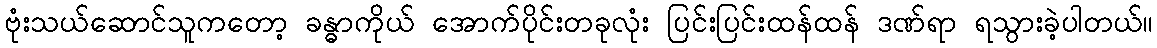
ဗုံးသယ်ဆောင်သူကတော့ ခန္ဓာကိုယ် အောက်ပိုင်းတခုလုံး ပြင်းပြင်းထန်ထန် ဒဏ်ရာ ရသွားခဲ့ပါတယ်။